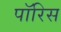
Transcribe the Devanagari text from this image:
पॉरिस